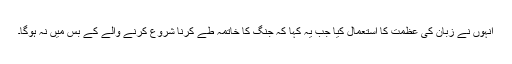
انہوں نے زبان کی عظمت کا استعمال کیا جب یہ کہا کہ جنگ کا خاتمہ طے کرنا شروع کرنے والے کے بس میں نہ ہوگا۔